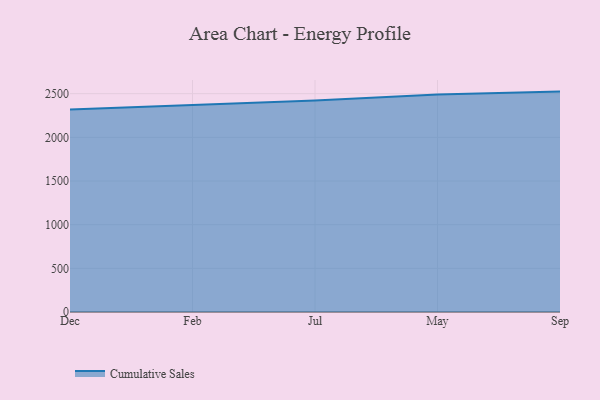
{"axis": {"x": "Month", "y": "Energy Usage (MWh)"}, "legend": ["Cumulative Sales"], "data": [{"x": "Dec", "y": 2318.2, "type": "Cumulative Sales"}, {"x": "Feb", "y": 2371.8, "type": "Cumulative Sales"}, {"x": "Jul", "y": 2422.9, "type": "Cumulative Sales"}, {"x": "May", "y": 2489.5, "type": "Cumulative Sales"}, {"x": "Sep", "y": 2523.8, "type": "Cumulative Sales"}]}